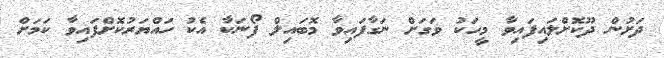
ދަށުން ދޫކޮށްލައިފައިވާ މީހަކު ވަގަށް ނަގާފައިވާ މޮބައިލް ފޯނަކާ އެކު ހައްޔަރުކޮށްފައިވާ ކަމަށް